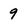
Character: 9